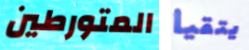
المتورطين يتقيأ